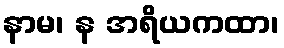
နာမ၊ န အရိယကထာ၊